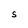
Character: S